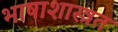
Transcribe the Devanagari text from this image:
भाषाशास्त्रत